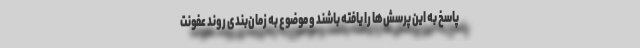
پاسخ به این پرسش‌ها را یافته باشند و موضوع به زمان‌بندی روند عفونت